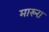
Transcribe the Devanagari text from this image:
मारूरा